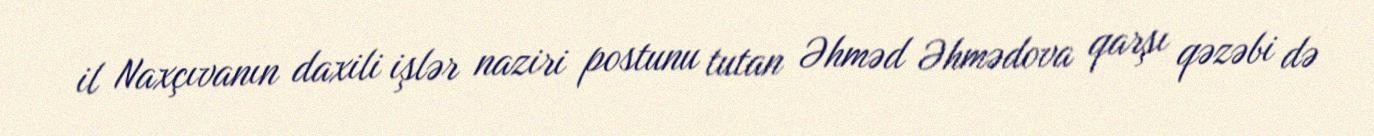
il Naxçıvanın daxili işlər naziri postunu tutan Əhməd Əhmədova qarşı qəzəbi də